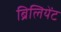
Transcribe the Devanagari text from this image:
ब्रिलियेंट